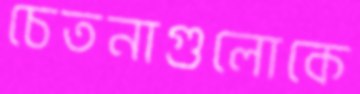
চেতনাগুলোকে